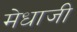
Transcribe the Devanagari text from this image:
मेधाजी